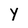
Character: Y